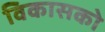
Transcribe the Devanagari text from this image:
विकासको